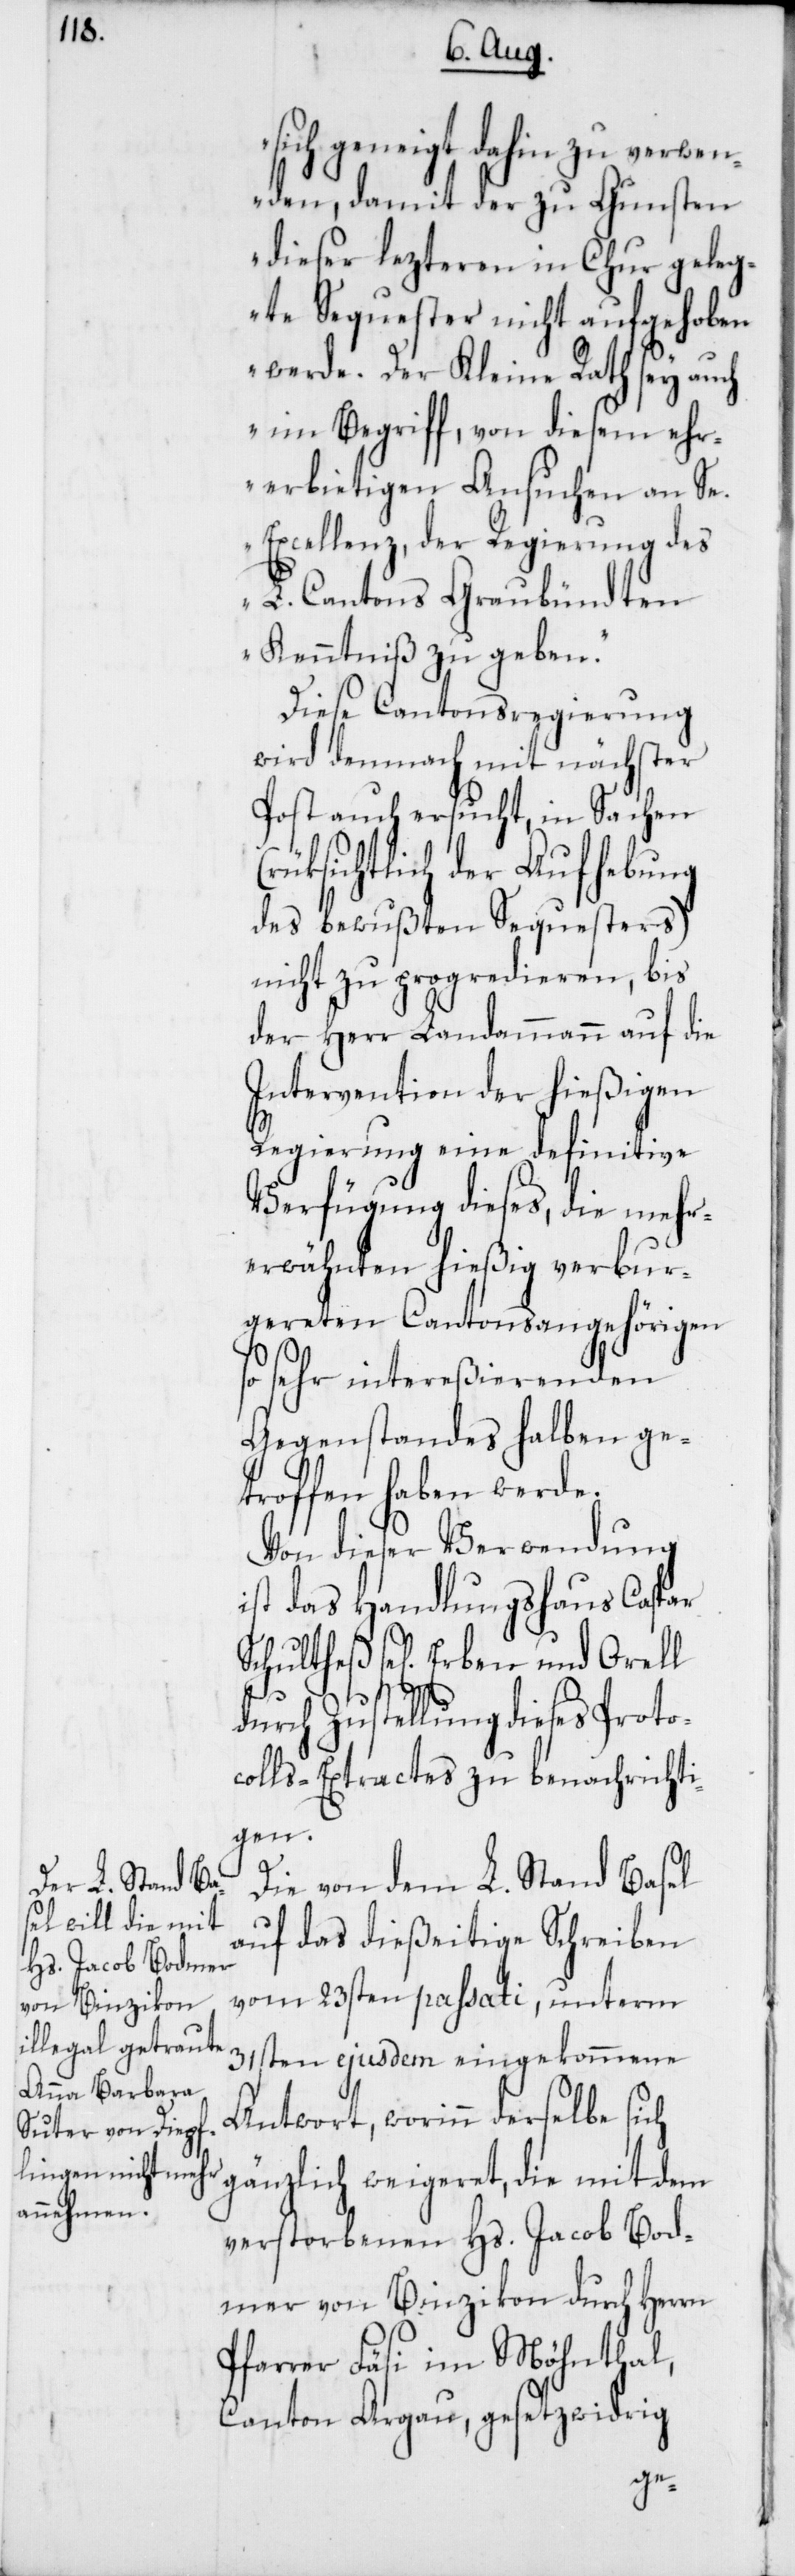
sich geneigt dahin zu verwen¬
den, damit der zu Gunsten
dieser lezteren in Chur geleg¬
te Sequester nicht aufgehoben
werde. Der Kleine Rath sey auch
im Begriff, von diesem ehr¬
erbietigen Ansuchen an Se.
Excellenz, der Regierung des
L. Cantons Graubündten
Kenntniß zu geben.“
Diese Cantonsregierung
wird demnach mit nächster
Post auch ersucht, in Sachen
(rüksichtlich der Aufhebung
des bewußten Sequesters)
nicht zu progredieren, bis
der Herr Landammann auf die
Intervention der hießigen
Regierung eine definitive
Verfügung dieses, die mehr¬
erwähnten hießig verbur¬
gereten Cantonsangehörigen
so sehr intereßierenden
Gegenstandes halben ge¬
troffen haben werde.
Von dieser Verwendung
ist das Handlungshaus Caspar
Schultheß se[lig] Erben und Orell
durch Zustellung dieses Proto¬
colls-Extractes zu benachrichti¬
gen.
Die von dem L. Stand Basel
auf das dießeitige Schreiben
vom 23sten passati, unterm
31sten ejusdem eingekommene
Antwort, worin derselbe sich
gänzlich weigeret, die mit dem
verstorbenen Hs. Jacob Bod¬
mer von Binzikon durch Herrn
Pfarrer Fäsi im Möhnthal,
Canton Argau, gesetzwidrig